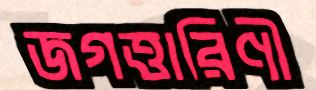
জগত্তারিণী